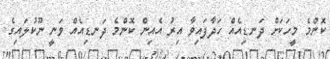
ކޮންމެ މީހަކަށް ދަނޑިއެއް ހަދާފައިވާ އިރު އެއިން ކޮންމެ ދަނޑިއެއް ވަނީ ނޫކުލައިގެ